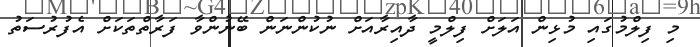
މި ފިލްމުގައި މުޅިން އަލަށް ފިލްމީ ދާއިރާއަށް ނުކުންނަން ބޭނުންވާ ފަރާތްތަކަށް އެފުރުސަތު